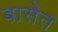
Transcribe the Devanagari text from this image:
बासेत